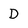
Character: D